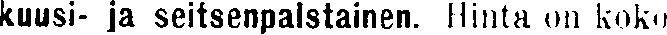
kuusi- ja seitsenpalstainen. Hinta on koko